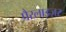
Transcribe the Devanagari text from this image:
पैरलाइज़र